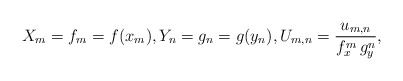
\begin{align*}X_m = f_m = f(x_m),Y_n = g_n = g(y_n),U_{m,n} = \frac{u_{m,n}}{f_x^m\, g_y^n},\end{align*}